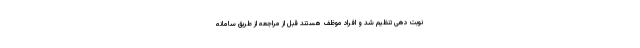
نوبت دهی تنظیم شد و افراد موظف هستند قبل از مراجعه از طریق سامانه